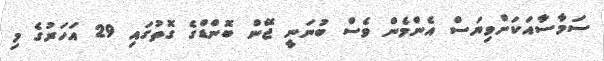
ސަމާސާއަކަށްވިޔަސް އެންމެން ވެސް ބުނަނީ ޖޭން ބޮންޑްގެ ގޮތުގައި 29 އަހަރުގެ މި